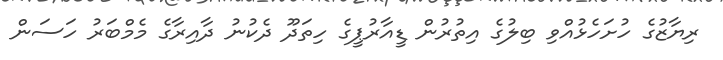
ރިޔާޒުގެ ހުށަހެޅުއްވި ބިލުގެ އިތުރުން ޑީއާރުޕީގެ ހިތަދޫ ދެކުނު ދާއިރާގެ މެމްބަރު ހަސަން